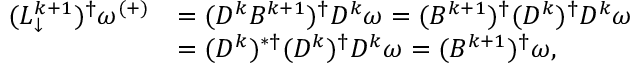
\begin{array} { r l } { ( L _ { \downarrow } ^ { k + 1 } ) ^ { \dagger } \omega ^ { ( + ) } } & { = ( D ^ { k } B ^ { k + 1 } ) ^ { \dagger } D ^ { k } \omega = ( B ^ { k + 1 } ) ^ { \dagger } ( D ^ { k } ) ^ { \dagger } D ^ { k } \omega } \\ & { = ( D ^ { k } ) ^ { * \dagger } ( D ^ { k } ) ^ { \dagger } D ^ { k } \omega = ( B ^ { k + 1 } ) ^ { \dagger } \omega , } \end{array}